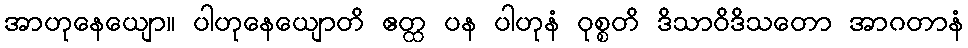
အာဟုနေယျော။ ပါဟုနေယျောတိ ဧတ္ထ ပန ပါဟုနံ ဝုစ္စတိ ဒိသာဝိဒိသတော အာဂတာနံ